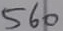
Text: 560